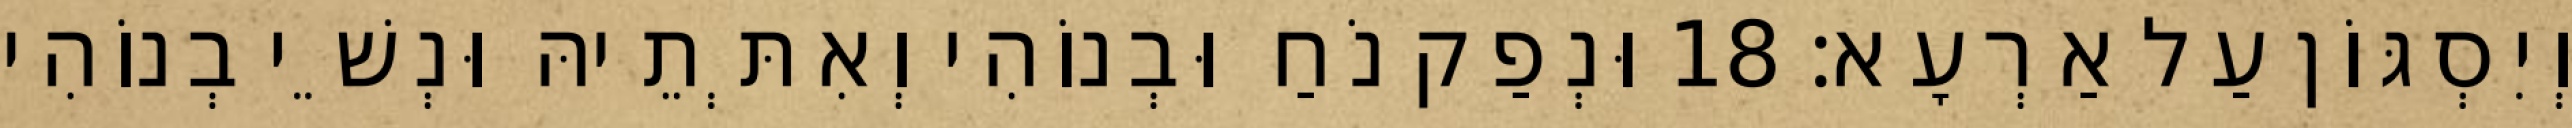
וְיִסְגּוֹן עַל אַרְעָא׃ 18 וּנְפַק נֹחַ וּבְנוֹהִי וְאִתְּתֵיהּ וּנְשֵׁי בְנוֹהִי